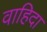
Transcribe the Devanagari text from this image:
वाहिदा